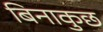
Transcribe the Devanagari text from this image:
बिनाकुछ